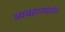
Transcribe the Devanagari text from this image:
व्यवहारदर्शन